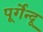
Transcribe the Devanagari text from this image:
पूर्गेन्दू